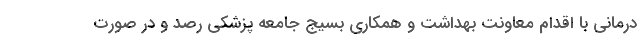
درمانی با اقدام معاونت بهداشت و همکاری بسیج جامعه پزشکی رصد و در صورت